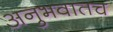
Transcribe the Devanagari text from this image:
अनुभवातच